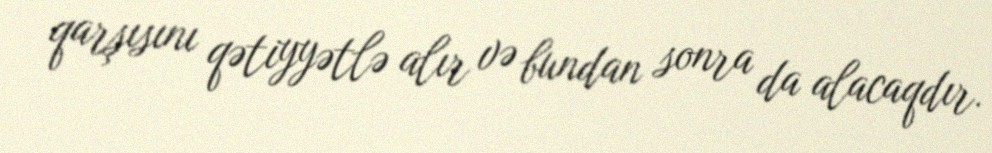
qarşısını qətiyyətlə alır və bundan sonra da alacaqdır.